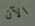
الآن